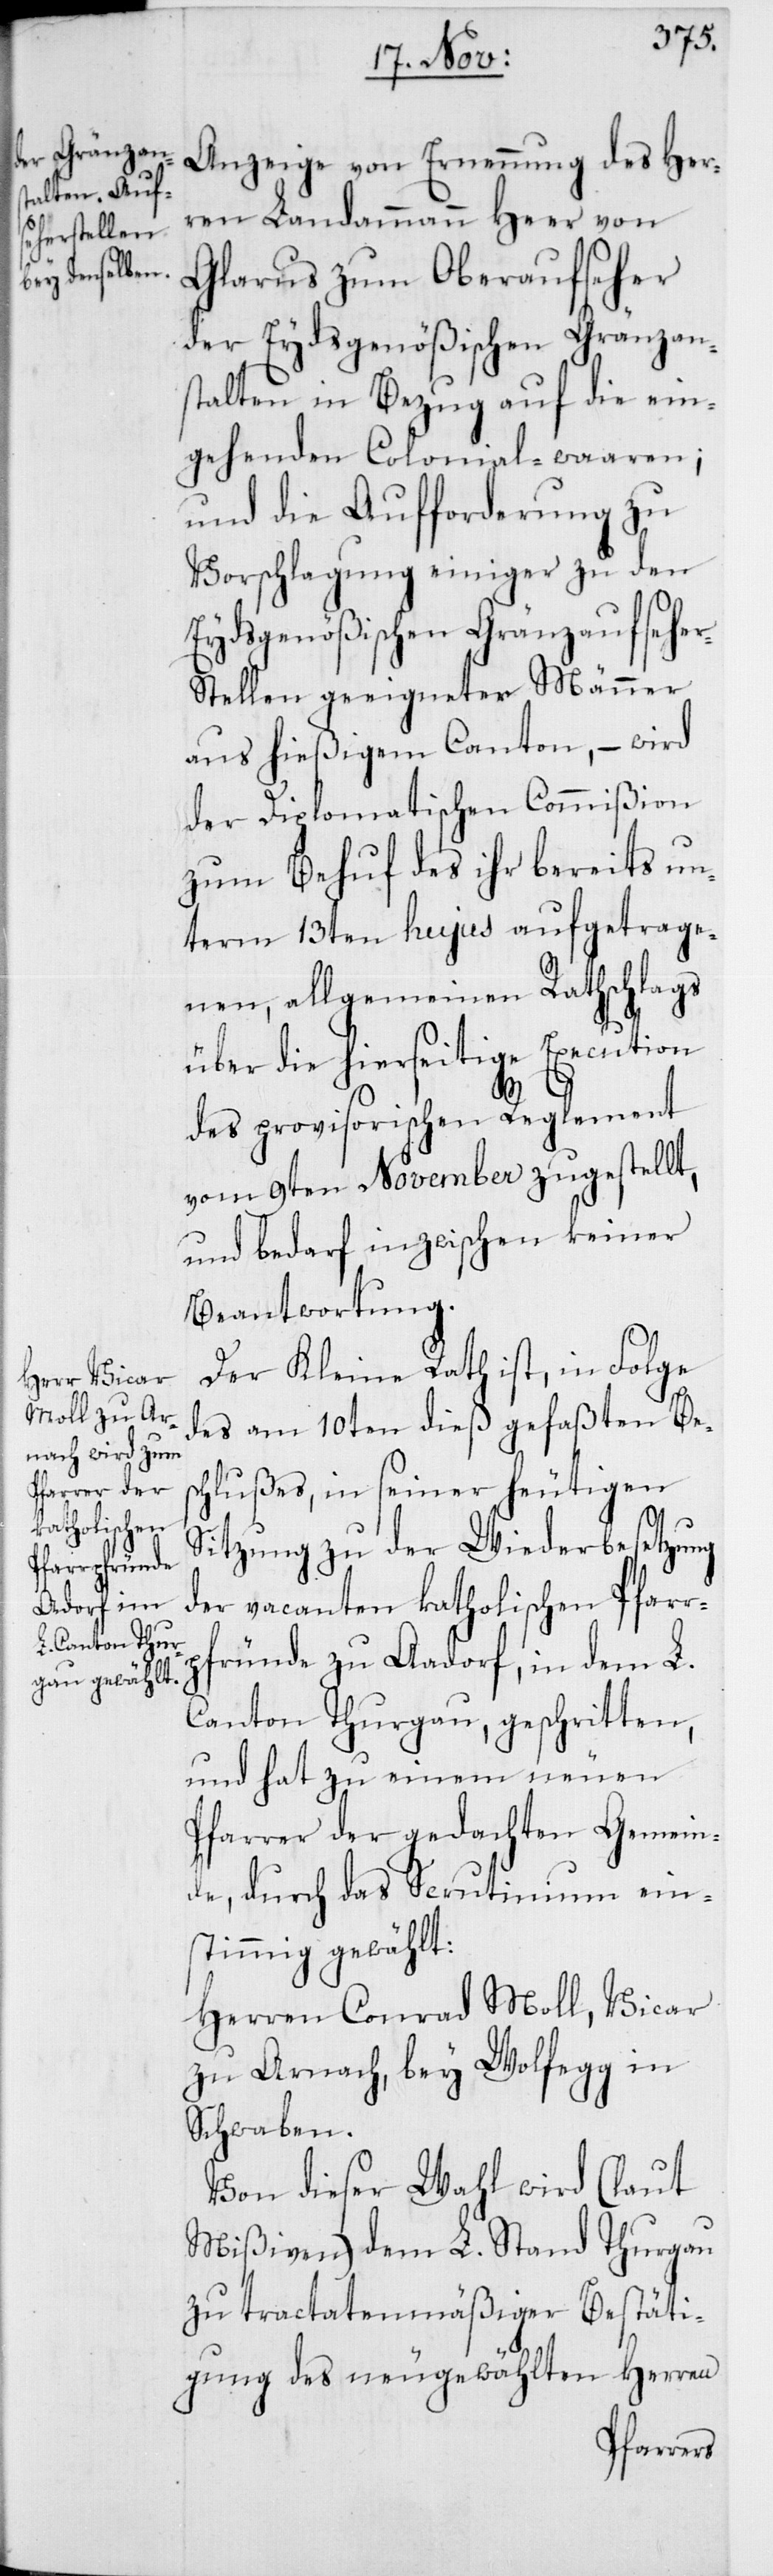
ren Landammann Heer von
Glarus zum Oberaufseher
der Eydsgenößischen Gränzans¬
talten in Bezug auf die ein¬
gehenden Colonial-waaren;
und die Aufforderung zu
Vorschlagung einiger zu den
Eydsgenößischen Gränzaufsehe¬
r-Stellen geeigneter Männer
aus hießigem Canton, – wird
der Diplomatischen Commißion
zum Behuf des ihr bereits un¬
term 13ten hujus aufgetrage¬
nen, allgemeinen Rathschlags
über die hierseitige Execution
Her¬
des provisorischen Reglement
vom 9ten November zugestellt,
und bedarf inzwischen keiner
Beantwortung.
Der Kleine Rath ist, in Folge
des am 10ten dieß gefaßten Bes¬
chlußes, in seiner heutigen
Sitzung zu der Wiederbesetzung
der vacanten katholischen Pfarr¬
pfründe zu Aadorf, in dem L.
Canton Thurgau geschritten,
und hat zu einem neuen
Pfarrer der gedachten Gemein¬
de, durch das Scrutinium ein¬
stimmig gewählt:
Herren Conrad Moll, Vicar
zu Arnach, bey Wolfegg in
Schwaben.
Von dieser Wahl wird (laut
Mißiven) dem L. Stand Thurgau
zu tractatmäßiger Bestäti¬
gung des neugewählten Herren